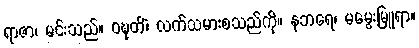
ရာဇာ၊ မင်းသည်။ ဝဍ္ဎတိံ၊ လက်သမားစသည်ကို။ နဘရေ၊ မမွေးမြူရာ။